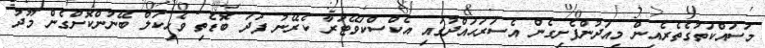
މަސައްކަތުގެތެރެއިން މިއަދުންފެށިގެން އެސަރަޙައްދުގައި އެކްސްކަވޭޓަރާ ކެރޭނު ފަދަ ބޮޑެތި ވެހިކަލް ބޭނުންކޮށްގެން މޫދު